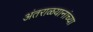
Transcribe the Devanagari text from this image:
अंतराळयानांच्या